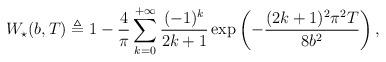
LaTeX: \begin{align*}W_\star(b, T) \triangleq 1- \frac 4 \pi \sum_{k=0}^{+\infty} \frac {(-1)^k} {2k+1} \exp\left( -\frac{(2k+1)^2\pi^2 T}{8 b^2} \right),\end{align*}